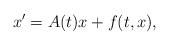
LaTeX: \begin{align*}x'=A(t)x+f(t,x),\end{align*}